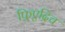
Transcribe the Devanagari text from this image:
फ़्रिएद्रिच